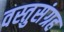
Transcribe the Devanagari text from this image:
वस्तुसंग्रह